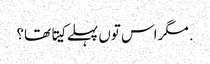
. مگر اس تو‏ں پہلے کیتا تھا؟